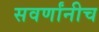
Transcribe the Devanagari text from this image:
सवर्णांनीच